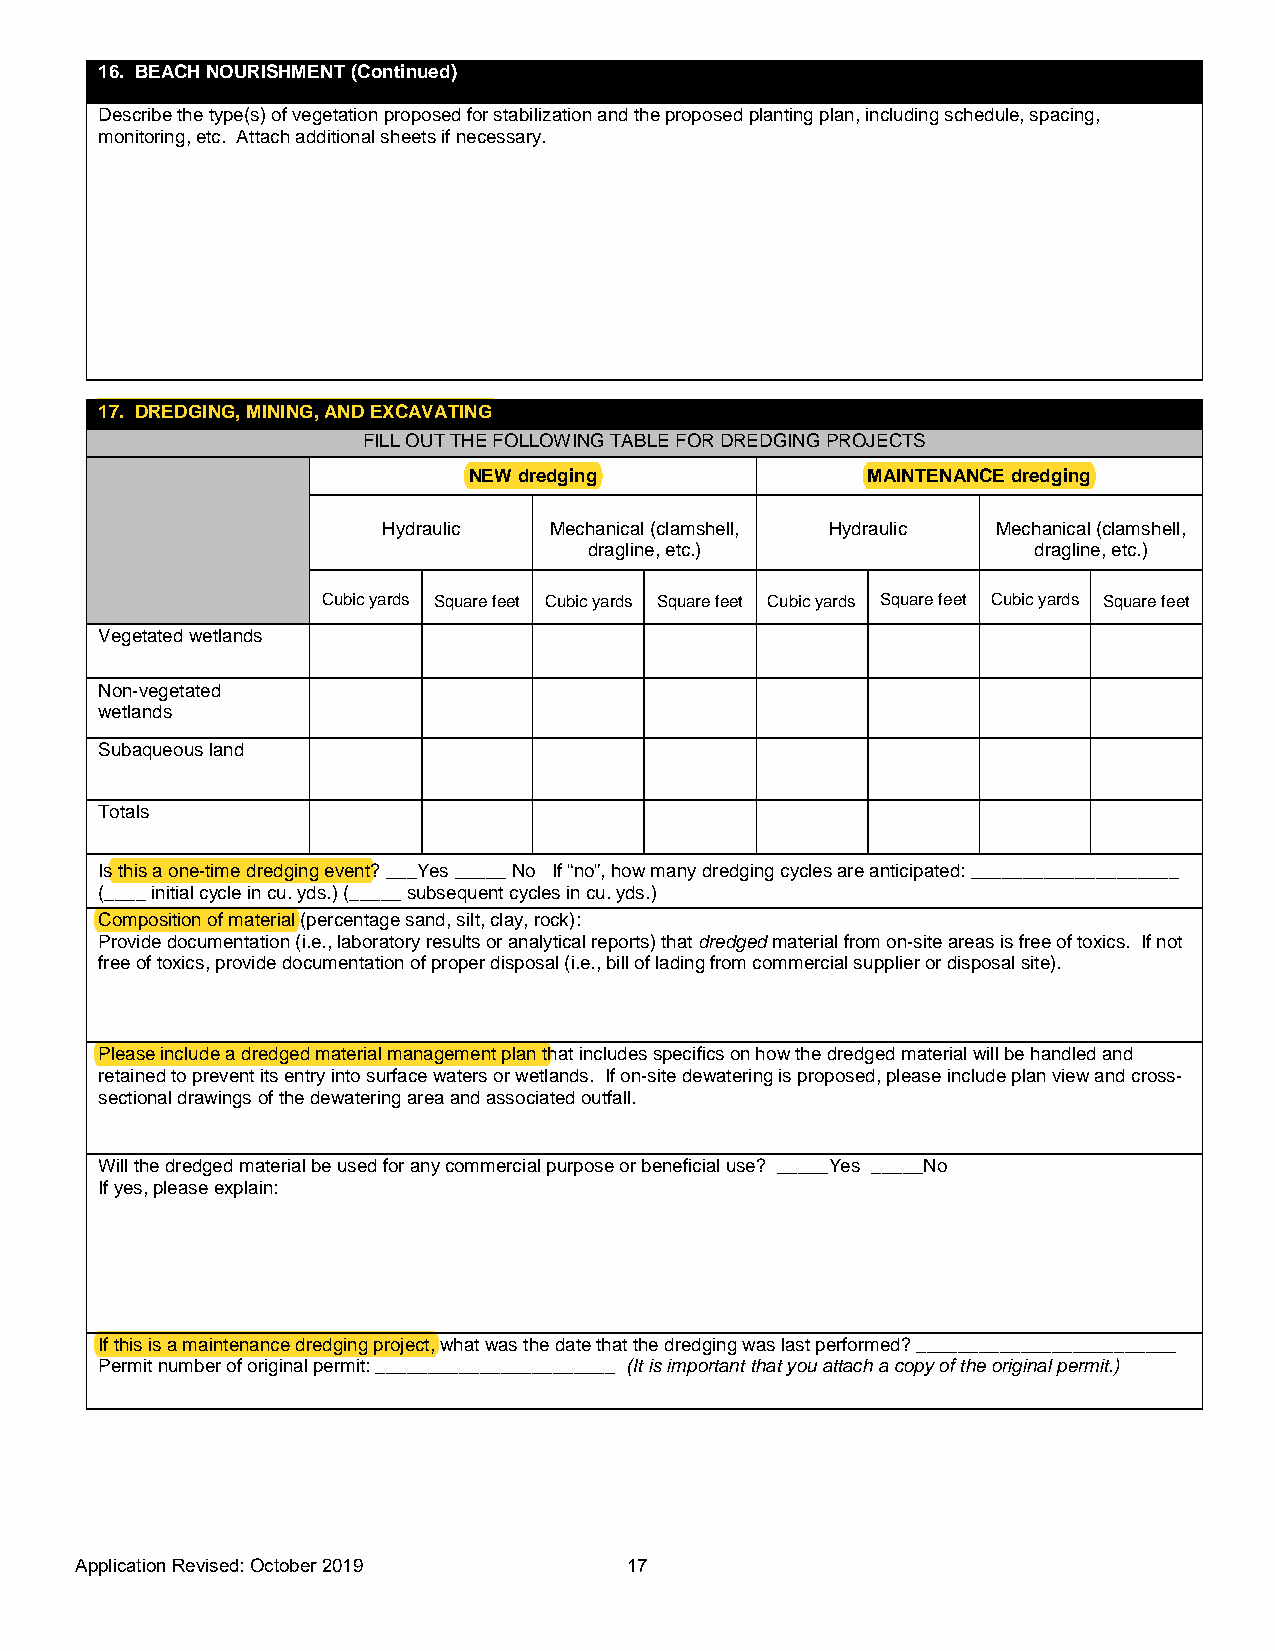
16. BEACH NOURISHMENT (Continued)
 Describe the type(s) of vegetation proposed for stabilization and the proposed planting plan, including schedule, spacing,
 monitoring, etc. Attach additional sheets if necessary.
 17. DREDGING, MINING, AND EXCAVATING
 FILL OUT THE FOLLOWING TABLE FOR DREDGING PROJECTS
 NEW dredging              MAINTENANCE dredging
 Hydraulic  Mechanical (clamshell, Hydraulic Mechanical (clamshell,
 dragline, etc.)              dragline, etc.)
 Cubic yards Square feet Cubic yards Square feet Cubic yards Square feet Cubic yards Square feet
 Vegetated wetlands
 Non-vegetated
 wetlands
 Subaqueous land
 Totals
 Is this a one-time dredging event? ___Yes _____ No If “no”, how many dredging cycles are anticipated: ____________________
 (____ initial cycle in cu. yds.) (_____ subsequent cycles in cu. yds.)
 Composition of material (percentage sand, silt, clay, rock):
 Provide documentation (i.e., laboratory results or analytical reports) that dredged material from on-site areas is free of toxics. If not
 free of toxics, provide documentation of proper disposal (i.e., bill of lading from commercial supplier or disposal site).
 Please include a dredged material management plan that includes specifics on how the dredged material will be handled and
 retained to prevent its entry into surface waters or wetlands. If on-site dewatering is proposed, please include plan view and cross-
 sectional drawings of the dewatering area and associated outfall.
 Will the dredged material be used for any commercial purpose or beneficial use? _____Yes _____No
 If yes, please explain:
 If this is a maintenance dredging project, what was the date that the dredging was last performed? _________________________
 Permit number of original permit: _______________________ (It is important that you attach a copy of the original permit.)
 Application Revised: October 20 19   17